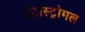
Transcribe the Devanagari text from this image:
इंट्रास्ट्रोमल